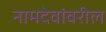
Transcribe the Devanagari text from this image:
नामदेवांवरील